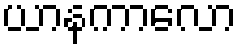
ယာနကာလော